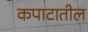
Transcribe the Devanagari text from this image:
कपाटातील